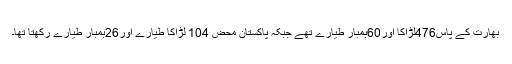
بھارت کے پاس476لڑاکا اور60بمبار طیارے تھے جبکہ پاکستان محض 104 لڑاکا طیارے اور26بمبار طیارے رکھتا تھا۔